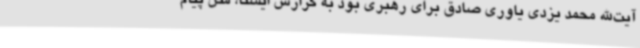
آیت‌الله محمد یزدی یاوری صادق برای رهبری بود به گزارش ایسنا، متن پیام